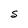
Character: S